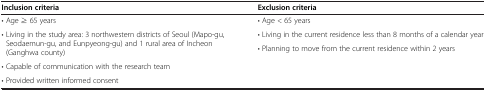
<table><thead><tr><td><b>Inclusion criteria</b></td><td><b>Exclusion criteria</b></td></tr></thead><tbody><tr><td>• Age ≥ 65 years</td><td>• Age &lt; 65 years</td></tr><tr><td rowspan="2">• Living in the study area: 3 northwestern districts of Seoul (Mapo-gu, Seodaemun-gu, and Eunpyeong-gu) and 1 rural area of Incheon (Ganghwa county)</td><td>• Living in the current residence less than 8 months of a calendar year</td></tr><tr><td rowspan="3">• Planning to move from the current residence within 2 years</td></tr><tr><td>• Capable of communication with the research team</td></tr><tr><td>• Provided written informed consent</td></tr></tbody></table>